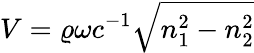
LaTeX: V=\varrho\omega c^{-1}\sqrt{n_{1}^{2}-n_{2}^{2}}